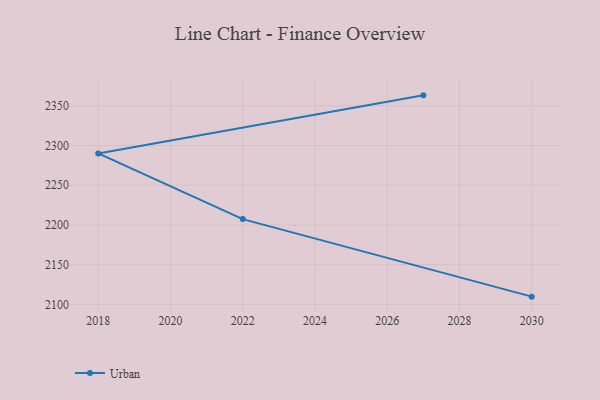
{"axis": {"x": "Year", "y": "Website Visitors"}, "legend": ["Urban"], "data": [{"x": "2027", "y": 2363.2, "type": "Urban"}, {"x": "2018", "y": 2290.1, "type": "Urban"}, {"x": "2022", "y": 2207.4, "type": "Urban"}, {"x": "2030", "y": 2109.8, "type": "Urban"}]}